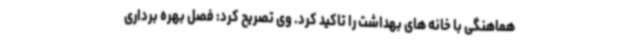
هماهنگی با خانه های بهداشت را تاکید کرد. وی تصریح کرد: فصل بهره برداری